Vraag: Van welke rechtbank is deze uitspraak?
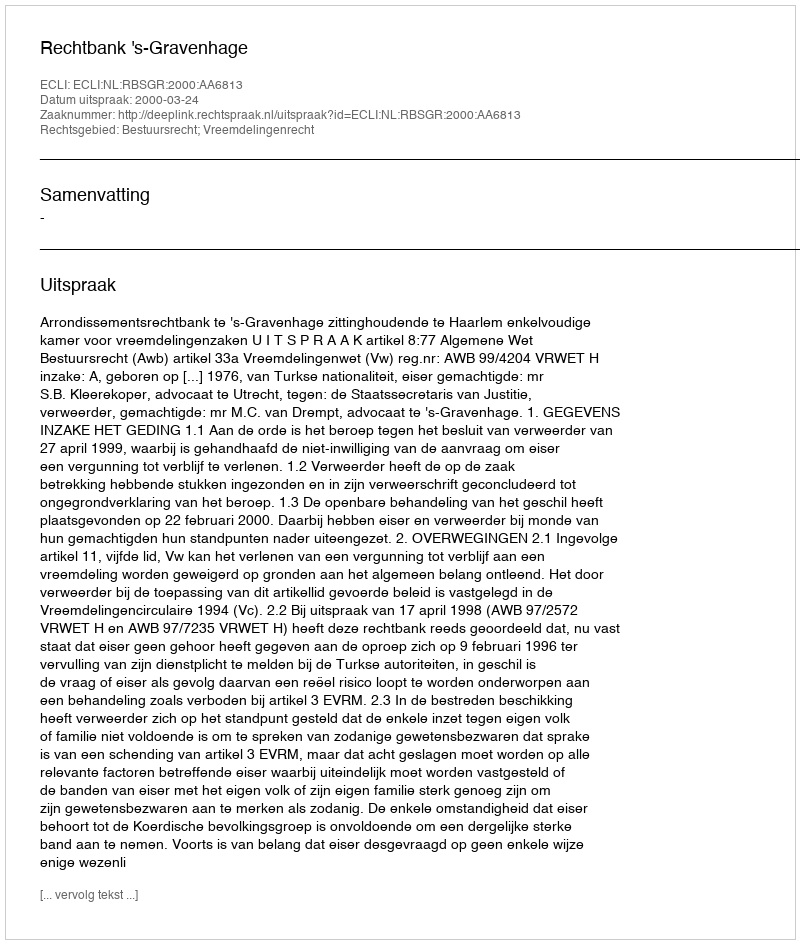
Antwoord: Rechtbank 's-Gravenhage